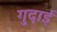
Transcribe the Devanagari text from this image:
गुदाई